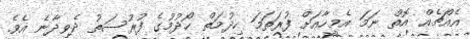
އެއްޗެއް އޮތް ނަމަ އެމީހާއަށް ފުރަތަމަ ހިދުމަތް ހޯދުމުގެ ފުރުސަތު ދެވިދާނެ އެވެ.